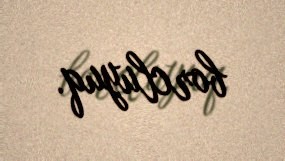
borcluyuq.